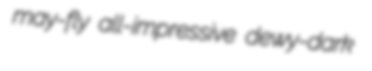
may-fly all-impressive dewy-dark